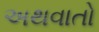
અથવાતો